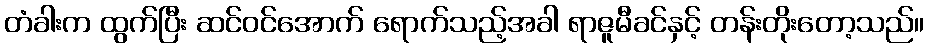
တံခါးက ထွက်ပြီး ဆင်ဝင်အောက် ရောက်သည့်အခါ ရာဇူမီခင်နှင့် တန်းတိုးတော့သည်။